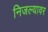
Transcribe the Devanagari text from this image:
निजल्यावर